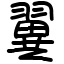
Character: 翼